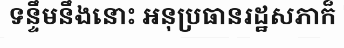
ទន្ទឹមនឹងនោះ អនុប្រធានរដ្ឋសភាក៏